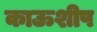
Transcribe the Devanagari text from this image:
काऊशीप